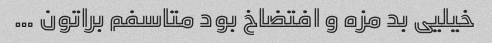
خیلیی بد مزه و افتضاخ بود متاسفم براتون …